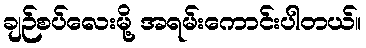
ချဉ်စပ်လေးမို့ အရမ်းကောင်းပါတယ်။